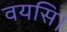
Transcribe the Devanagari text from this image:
वयसि।